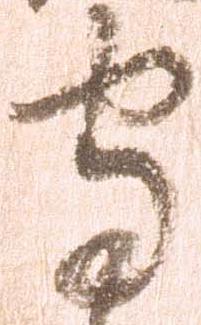
守